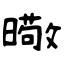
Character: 曔